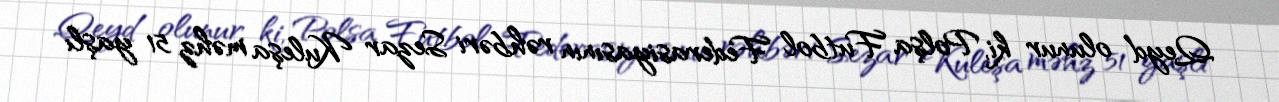
Qeyd olunur ki, Polşa Futbol Federasiyasının rəhbəri Sezar Kuleşa məhz 51 yaşlı